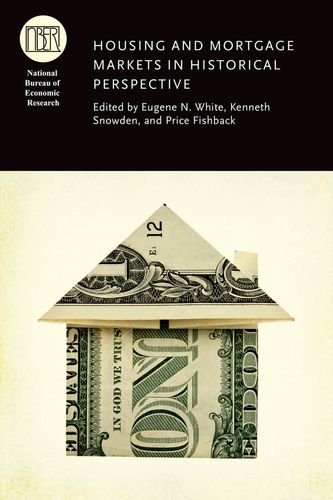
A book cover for Housing and Mortgage Markets in Historical Perspective (National Bureau of Economic Research Conference Report); Business & Money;